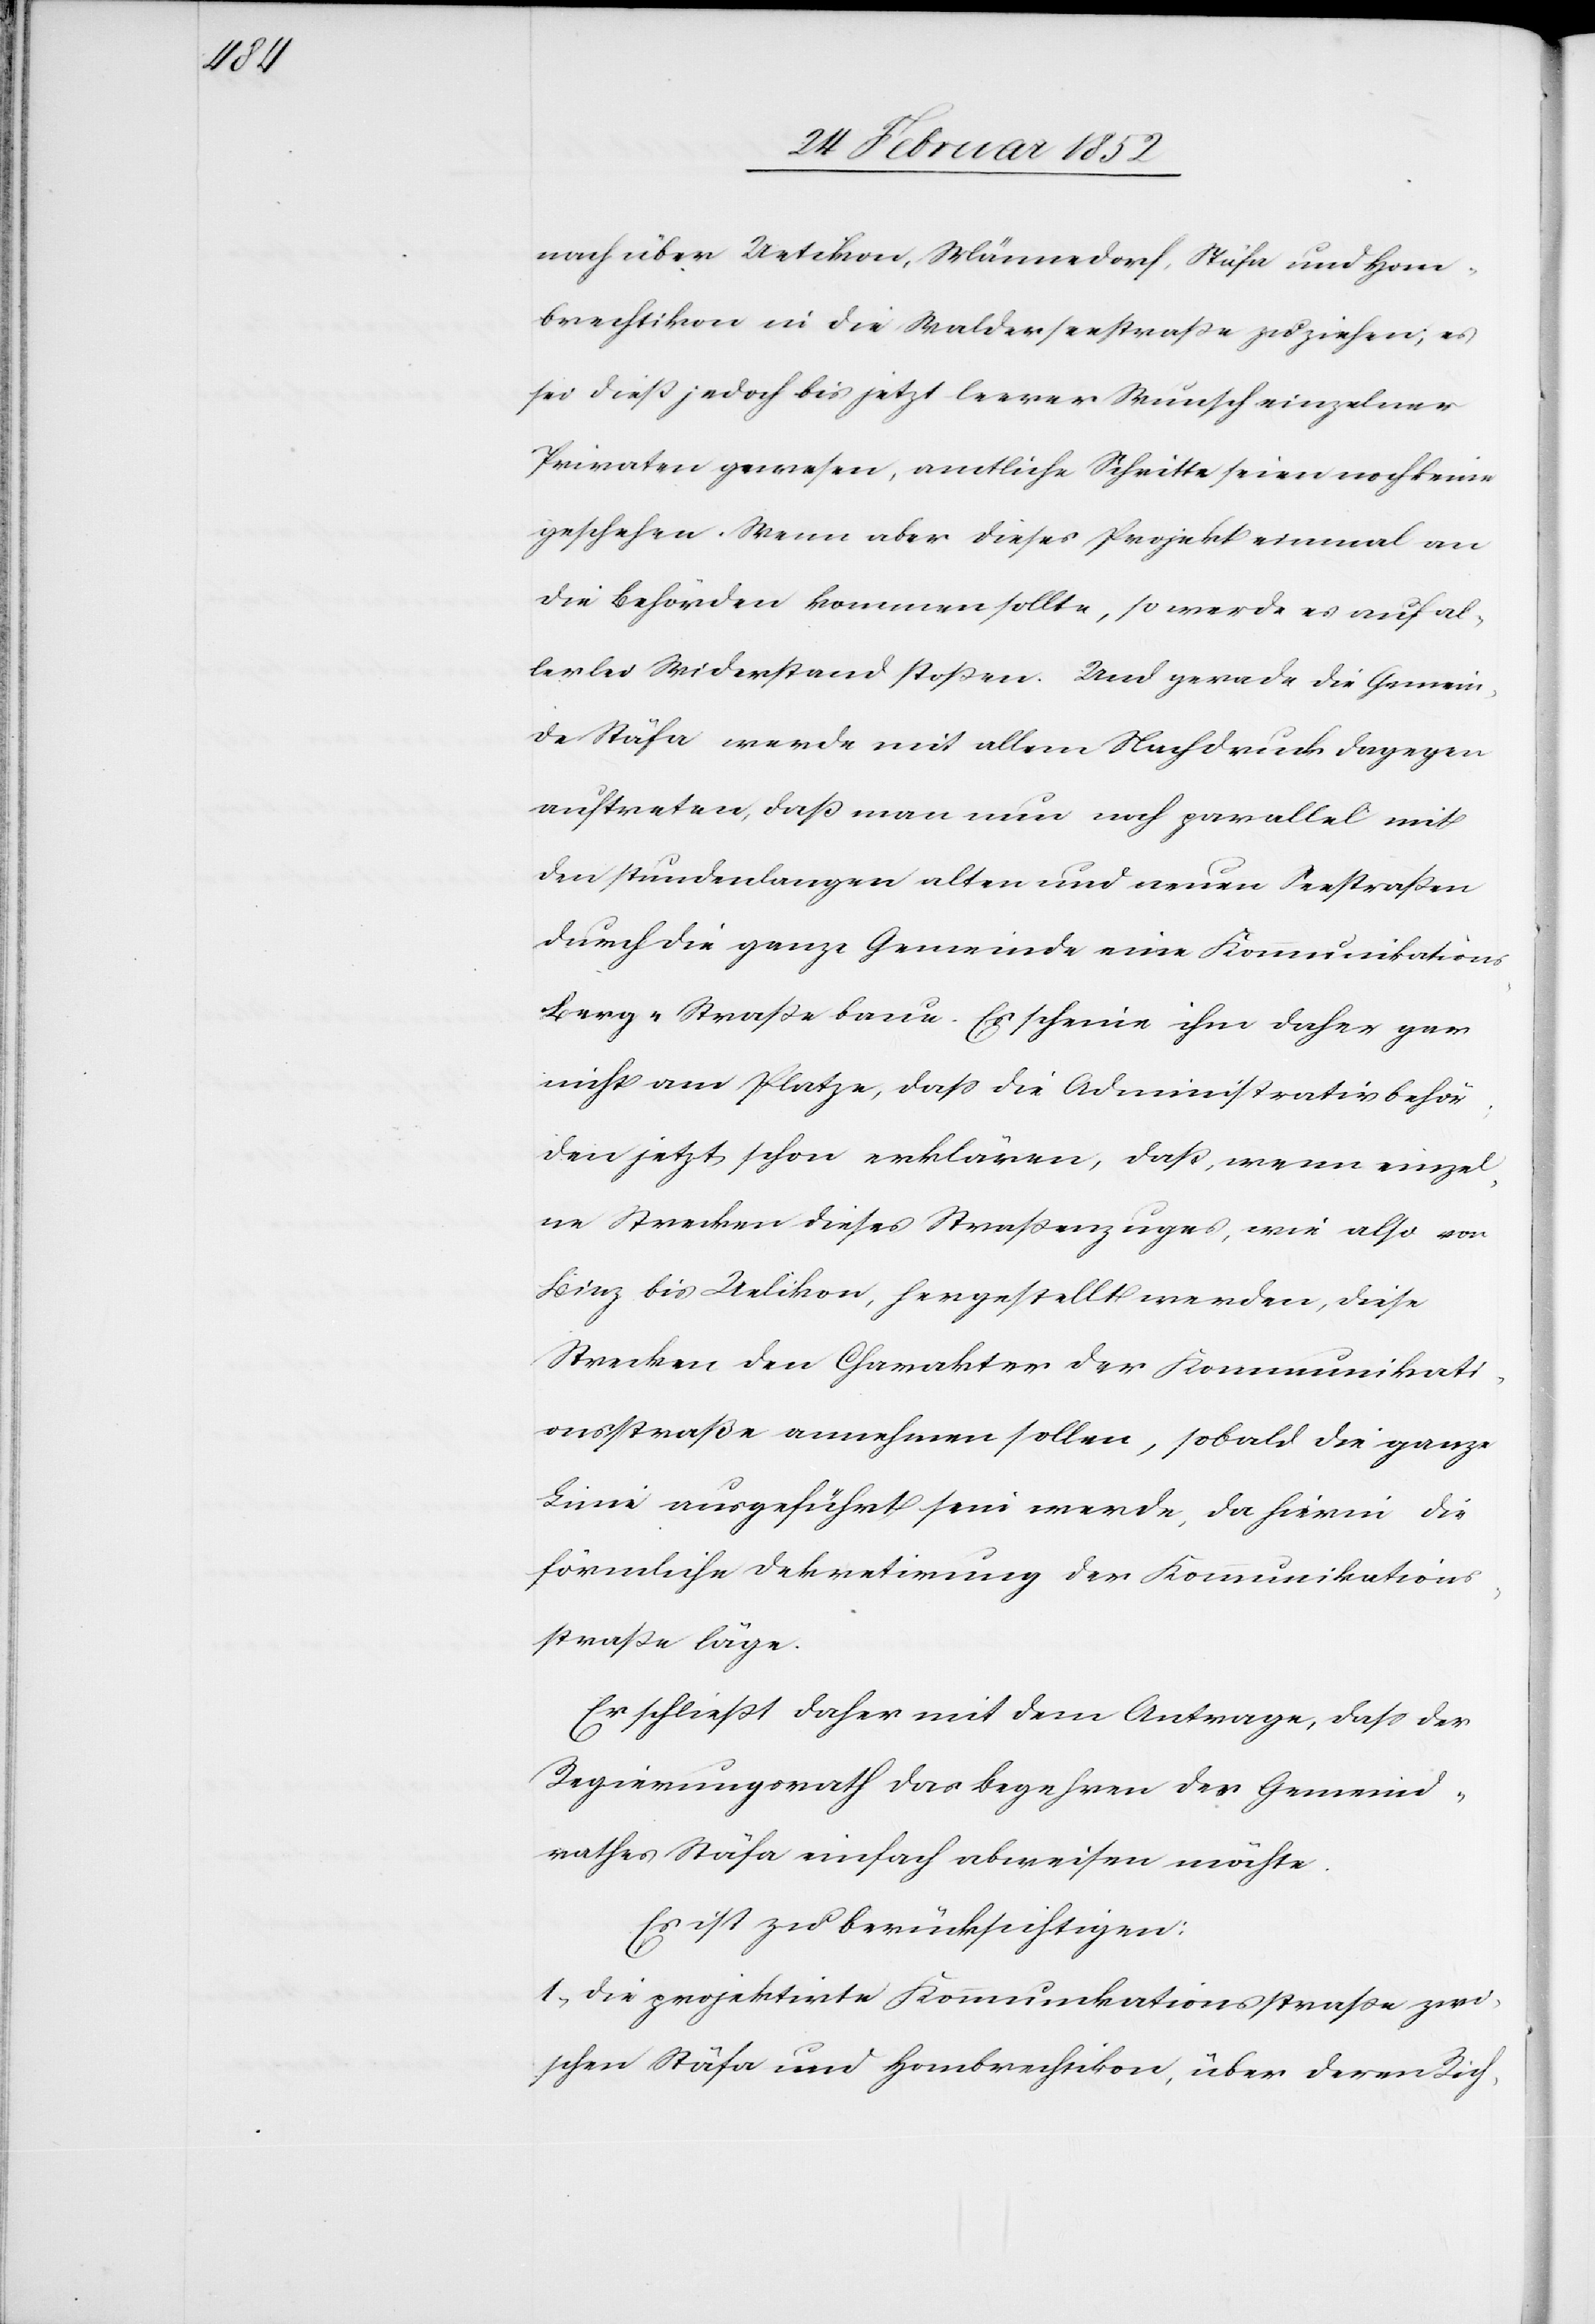
nach über Uetikon, Männedorf, Stäfa und Hom¬
brechtikon in die Walderstraße zu ziehen; es
sei dieß jedoch bis jetzt leerer Wunsch einzelner
Privaten gewesen, amtliche Schritte seien noch keine
geschehen. Wenn aber dieses Projekt einmal an
die Behörden kommen sollte, so werde es auf al¬
lerlei Widerstand stoßen. Und gerade die Gemein¬
de Stäfa werde mit allem Nachdruck dagegen
auftreten, daß man nun noch parallel mit
den stundenlangen alten und neuen Seestraßen
durch die ganze Gemeinde eine Kommunikation¬
s-Berg-Straße baue. Es scheine ihm daher gar
nicht am Platze, daß die Administrativbehör¬
den jetzt schon erklären, daß, wenn einzel¬
ne Strecken dieses Straßenzuges, wie also von
Binz bis Uelikon, hergestellt werden, diese
Strecken den Charakter der Kommunikati¬
onsstraße annehmen sollen, sobald die ganze
Linie ausgeführt sein werde, da hierin die
förmliche Dekretirung der Kommunikations¬
straße läge.
Es schließt daher mit dem Antrage, daß der
Regierungsrath das Begehren des Gemeind¬
raths Stäfa einfach abweisen möchte.
Es ist zu berücksichtigen:
1.) Die projektirte Kommunikationsstraße zwi¬
schen Stäfa und Hombrechtikon, über deren Rich-